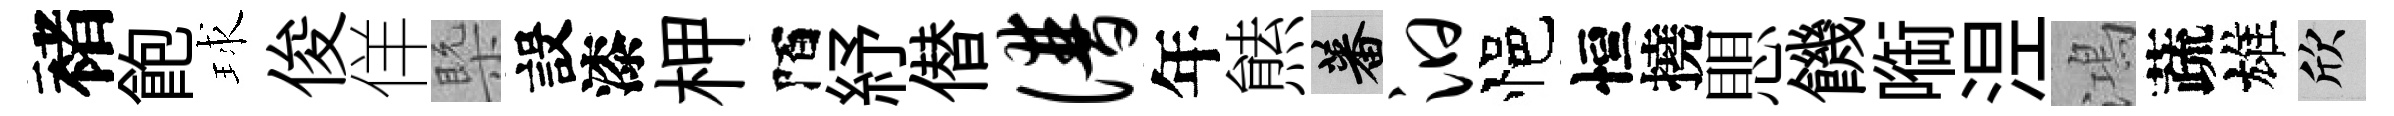
褚飽球俊佯槩設漆柙陌紓僣谱年㷱蕃汩悒恒撓愳饑㗸𣵀鴻蔬雄欣